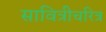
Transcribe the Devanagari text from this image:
सावित्रीचरित्र